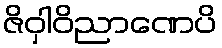
ဇိဝှါဝိညာဏေပိ